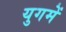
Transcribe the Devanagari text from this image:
युगमें